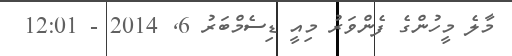
މާލެ މީހުންގެ ފެންވަރު މިއީ ޑިސެމްބަރު 6